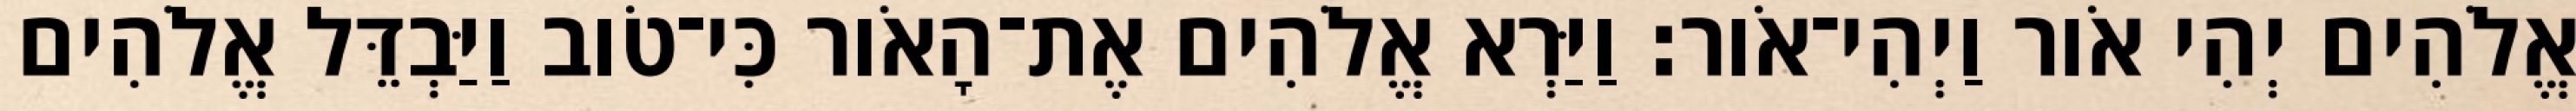
אֱלֹהִים יְהִי אֹור וַיְהִי־אֹור׃ וַיַּרְא אֱלֹהִים אֶת־הָאֹור כִּי־טֹוב וַיַּבְדֵּל אֱלֹהִים